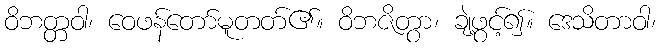
ဝိဘတ္တဝါ၊ ဝေဖန်တော်မူတတ်၏။ ဝိဘဇိတွာ၊ ချဲ့ဖွင့်၍။ ဒေသိတာဝါ၊